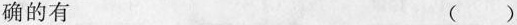
确的有 ()